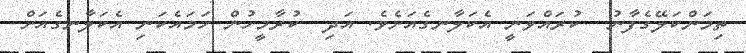
ތިމަންކަލޭގެފާނު  ކުރައްވަނީ އެކަލާނގެއަށެވެ. އަދި  ކުރާމީހުން ހަމައެކަނި އެކަލާނގެއަށް